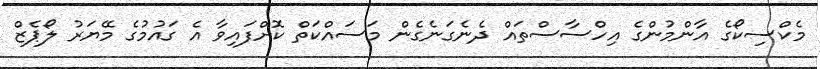
މެކްސިކޯގެ އާންމުންގެ އިހްސާސްތައް ދެނެގަނެގެން މަސައްކަތް ކޮށްފައިވާ އެ ގައުމުގެ މޭޔަރު ލޯޕެޒް